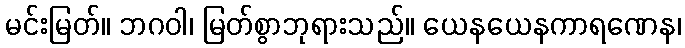
မင်းမြတ်။ ဘဂဝါ၊ မြတ်စွာဘုရားသည်။ ယေနယေနကာရဏေန၊